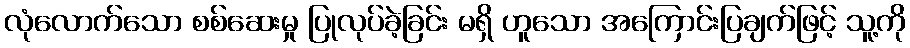
လုံလောက်သော စစ်ဆေးမှု ပြုလုပ်ခဲ့ခြင်း မရှိ ဟူသော အကြောင်းပြချက်ဖြင့် သူ့ကို